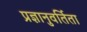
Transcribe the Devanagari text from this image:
प्रज्ञानुवर्तिता